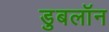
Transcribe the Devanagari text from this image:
डुबलॉन